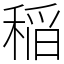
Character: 稲